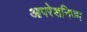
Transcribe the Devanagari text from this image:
आपरेशनिज्म